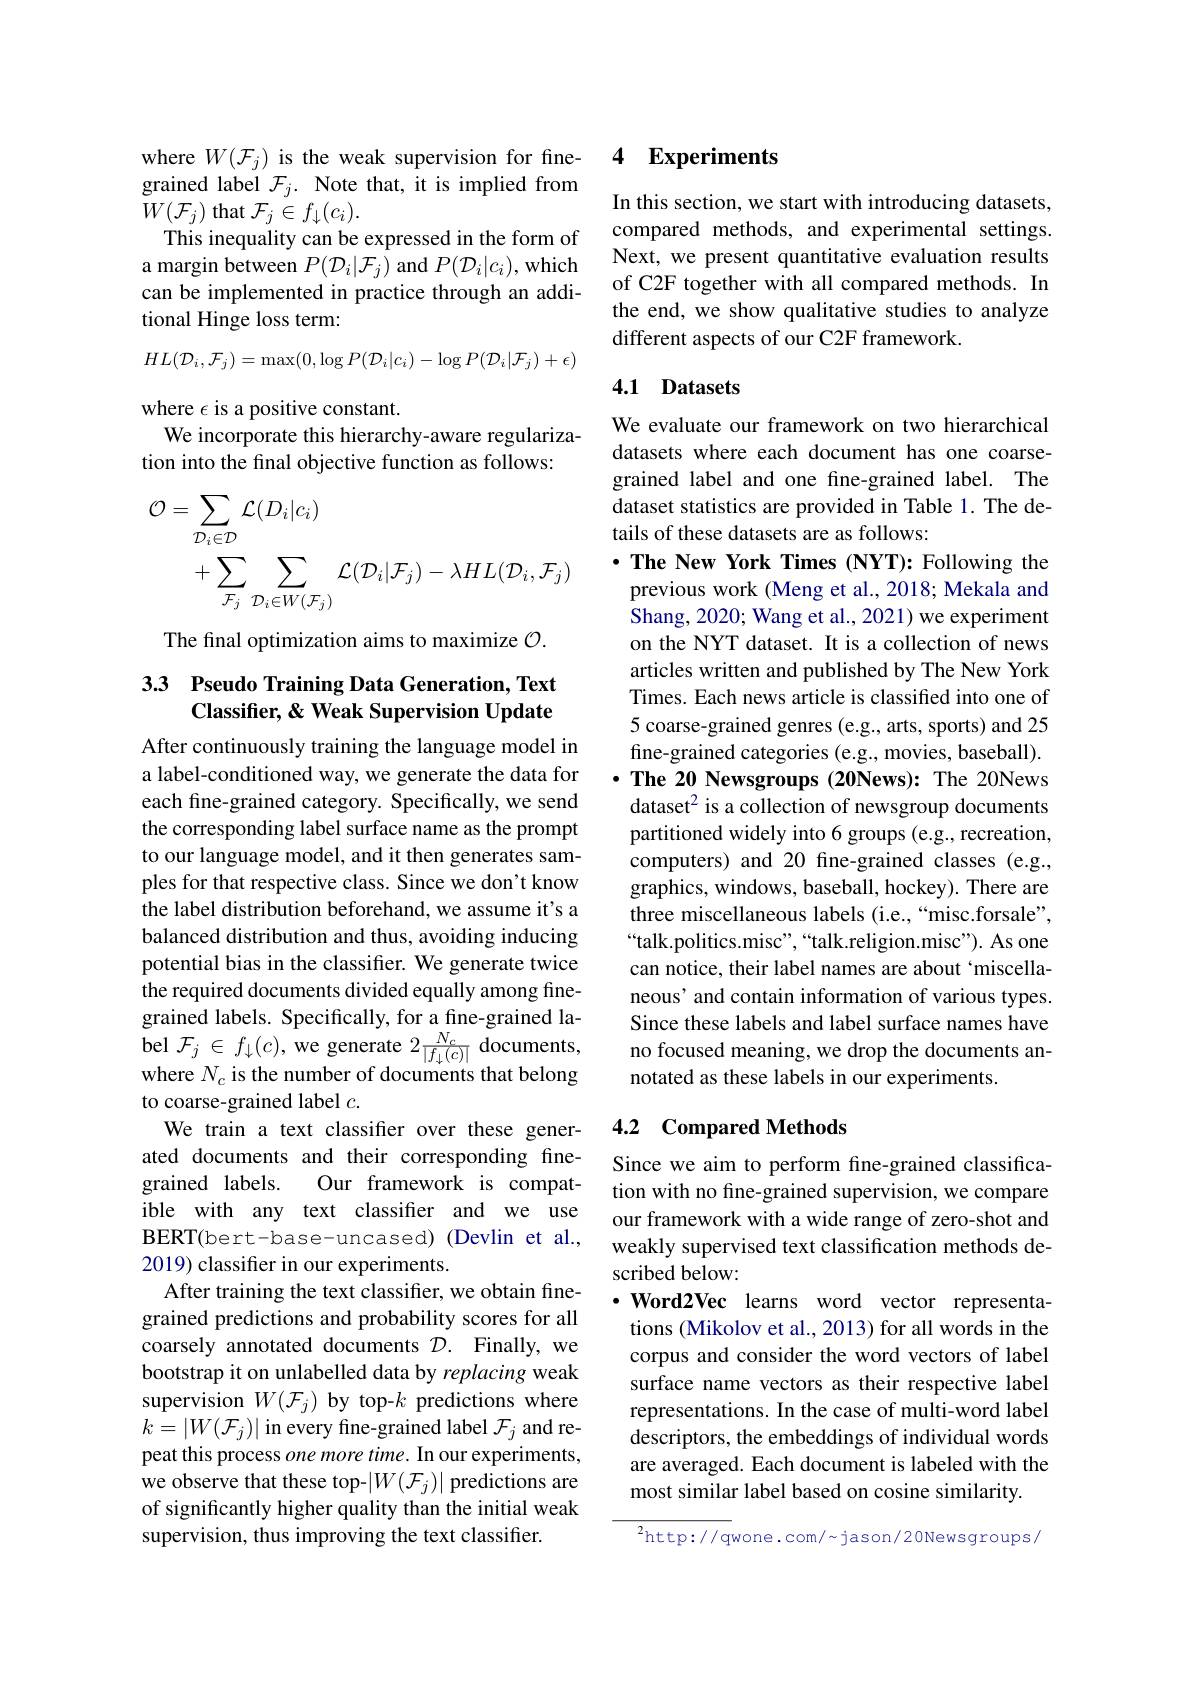
where $W(\mathcal{F}_j)$ is the weak supervision for finegrained label $\mathcal{F}_j.$ Note that, it is implied from $W(\mathcal{F}_j)$ that $\mathcal{F}_j\in f_\downarrow(c_i).$
This inequality can be expressed in the form of a margin between $P(\mathcal{D}_i|\mathcal{F}_j)$ and $P(\mathcal{D}_i|c_i)$, which can be implemented in practice through an additional Hinge loss term:
$$HL(\mathcal{D}_{i},\mathcal{F}_{j})=\max(0,\log P(\mathcal{D}_{i}|c_{i})-\log P(\mathcal{D}_{i}|\mathcal{F}_{j})+\epsilon)$$
where $\epsilon$ is a positive constant.
We incorporate this hierarchy-aware regulariza-
tion into the final objective function as follows:
$$\begin{aligned}\mathcal{O}&=\sum_{\mathcal{D}_{i}\in\mathcal{D}}\mathcal{L}(D_{i}|c_{i})\\&+\sum_{\mathcal{F}_{j}}\sum_{\mathcal{D}_{i}\in W(\mathcal{F}_{j})}\mathcal{L}(\mathcal{D}_{i}|\mathcal{F}_{j})-\lambda HL(\mathcal{D}_{i},\mathcal{F}_{j})\end{aligned}$$
The final optimization aims to maximize $\mathcal{O}.$

## 3.3 Pseudo Training Data Generation, Text Classifier, & Weak Supervision Update

After continuously training the language model in a label-conditioned way, we generate the data for each fine-grained category. Specifically, we send the corresponding label surface name as the prompt to our language model, and it then generates samples for that respective class. Since we don't know the label distribution beforehand, we assume it's a balanced distribution and thus, avoiding inducing potential bias in the classifier. We generate twice the required documents divided equally among finegrained labels. Specifically, for a fine-grained label $\mathcal{F}_j\in f_\downarrow(c)$,we generate $2\frac{N_{c}}{|f_{\downarrow}(c)|}$ documents, where $N_c$ is the number of documents that belong to coarse-grained label $c.$
We train a text classifier over these generated documents and their corresponding finegrained labels. Our framework is compatible with any text classifier and we use BERT( bert- base- uncased) ( Devlin et al. , 2019) classifier in our experiments.
After training the text classifier, we obtain finegrained predictions and probability scores for all coarsely annotated documents $\mathcal{D} .$ Finally, we bootstrap it on unlabelled data by replacing weak supervision $W(\mathcal{F}_j)$ by top-$k$ predictions where $k=\left|W(\mathcal{F}_{j})\right|$in every fine-grained label $\mathcal{F}_j$ and repeat this process one more time. In our experiments, we observe that these top-$|W(\mathcal{F}_j)|$ predictions are of significantly higher quality than the initial weak supervision, thus improving the text classifier.

### 4 Experiments

In this section, we start with introducing datasets, compared methods, and experimental settings. Next, we present quantitative evaluation results of C2F together with all compared methods. In the end, we show qualitative studies to analyze different aspects of our C2F framework.

### 4.1 Datasets

We evaluate our framework on two hierarchical datasets where each document has one coarsegrained label and one fine-grained label. The dataset statistics are provided in Table 1. The details of these datasets are as follows:

$\cdot \textbf{The New York Times ( NYT) : Following the}$ previous work (Meng et al., 2018; Mekala and Shang, 2020; Wang et al., 2021) we experiment on the NYT dataset. It is a collection of news articles written and published by The New York Times. Each news article is classified into one of 5 coarse-grained genres (e.g., arts, sports) and 25 fine-grained categories (e.g., movies, baseball). $\cdot \textbf{ The 20 Newsgroups ( 20News) : The 20News}$ dataset$^2$ is a collection of newsgroup documents partitioned widely into 6 groups (e.g., recreation, computers) and 20 fine-grained classes (e.g., graphics, windows, baseball, hockey). There are three miscellaneous labels (i.e.,“misc.forsale”, “talk.politics.misc”,“talk.religion.misc"). As one can notice, their label names are about `miscellaneous' and contain information of various types. Since these labels and label surface names have no focused meaning, we drop the documents annotated as these labels in our experiments.

## 4.2 Compared Methods

Since we aim to perform fine-grained classification with no fine-grained supervision, we compare our framework with a wide range of zero-shot and weakly supervised text classification methods described below:
$\cdot \textbf{Word2Vec learns word vector representa- }$ tions (Mikolov et al., 2013) for all words in the corpus and consider the word vectors of label surface name vectors as their respective label representations. In the case of multi-word label descriptors, the embeddings of individual words are averaged. Each document is labeled with the most similar label based on cosine similarity.

$^2$http://qwone.com/~jason/20Newsgroups/